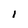
Character: 1